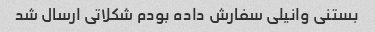
بستنی وانیلی سفارش داده بودم شکلاتی ارسال شد